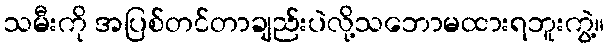
သမီးကို အပြစ်တင်တာချည်းပဲလို့သဘောမထားရဘူးကွဲ့။